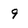
Character: 9